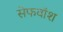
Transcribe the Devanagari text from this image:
सेफवॉश